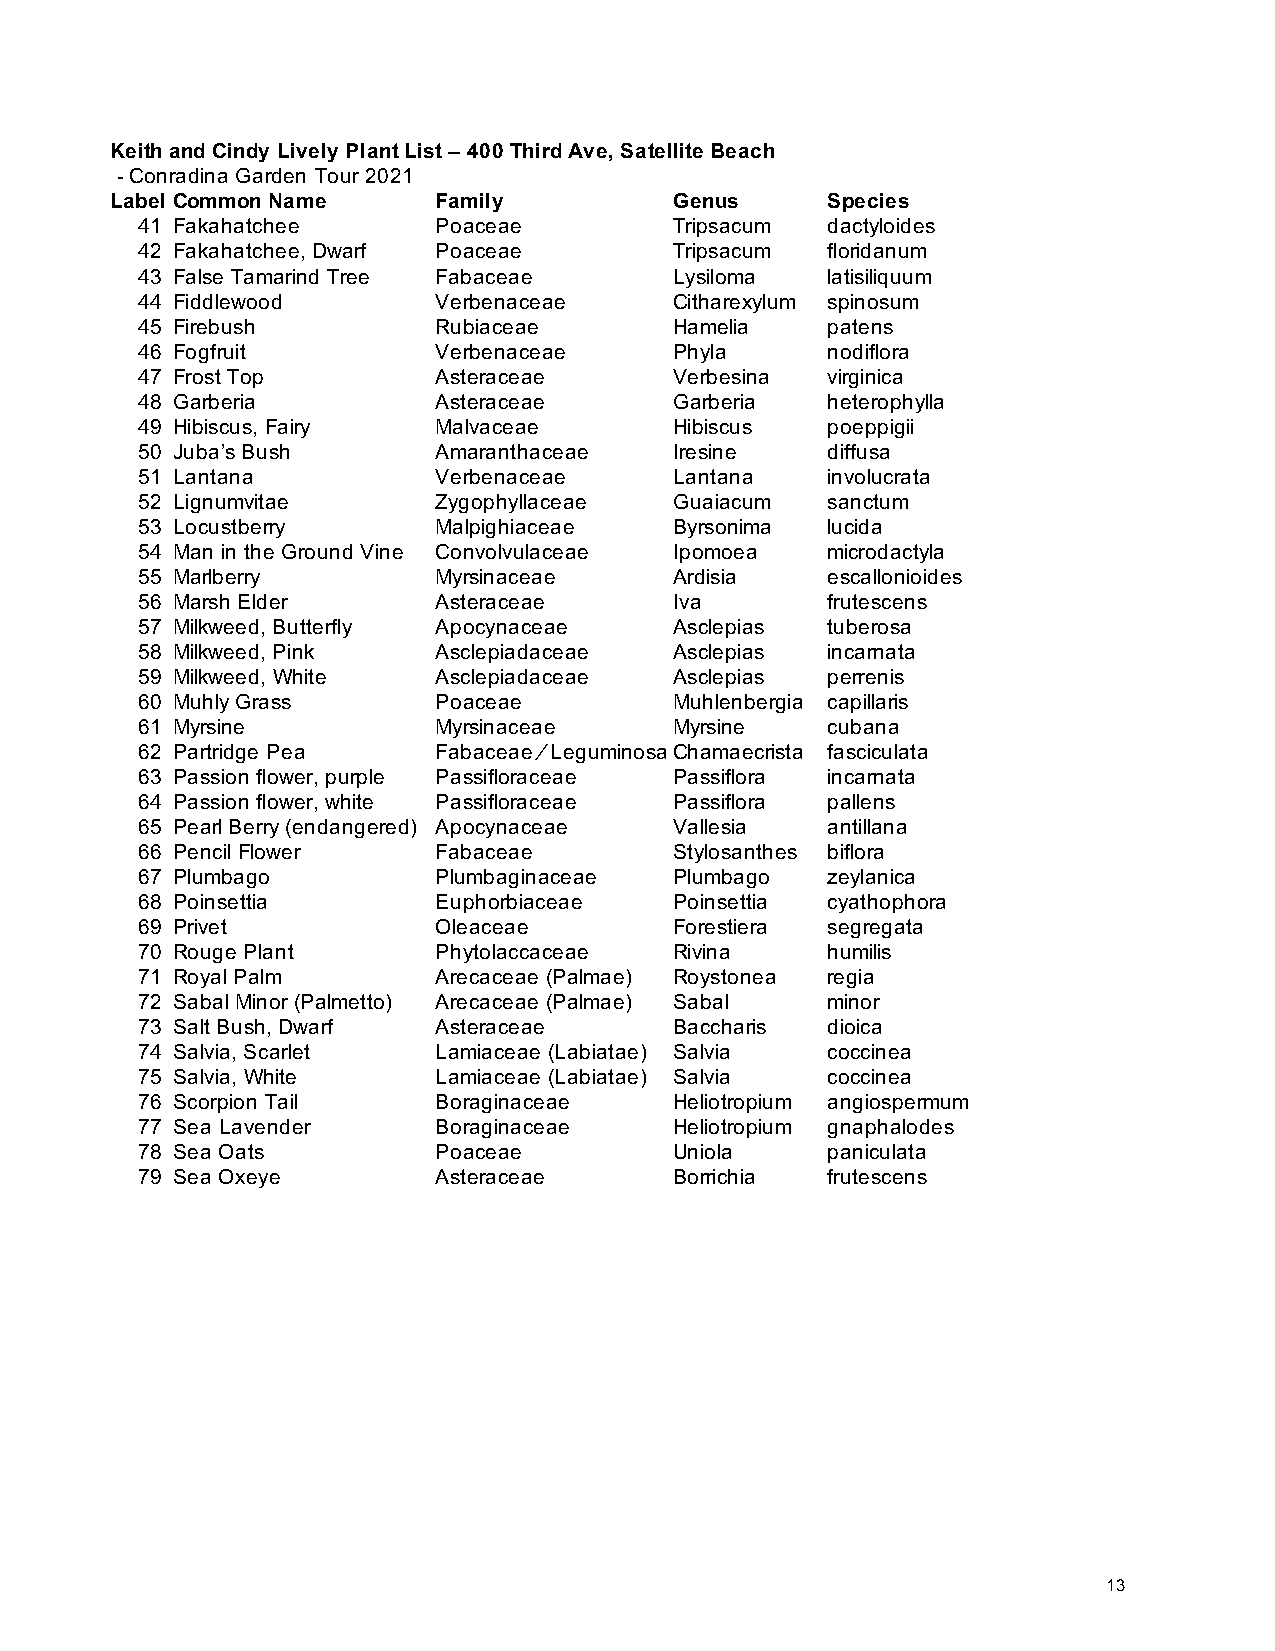
Keith and Cindy Lively Plant List – 400 Third Ave, Satellite Beach
 - Conradina Garden Tour 2021
 Label Common Name     Family          Genus     Species
 41 Fakahatchee      Poaceae         Tripsacum dactyloides
 42 Fakahatchee, Dwarf Poaceae       Tripsacum floridanum
 43 False Tamarind Tree Fabaceae     Lysiloma  latisiliquum
 44 Fiddlewood       Verbenaceae     Citharexylum spinosum
 45 Firebush         Rubiaceae       Hamelia   patens
 46 Fogfruit         Verbenaceae     Phyla     nodiflora
 47 Frost Top        Asteraceae      Verbesina virginica
 48 Garberia         Asteraceae      Garberia  heterophylla
 49 Hibiscus, Fairy  Malvaceae       Hibiscus  poeppigii
 50 Juba’s Bush      Amaranthaceae   Iresine   diffusa
 51 Lantana          Verbenaceae     Lantana   involucrata
 52 Lignumvitae      Zygophyllaceae  Guaiacum  sanctum
 53 Locustberry      Malpighiaceae   Byrsonima lucida
 54 Man in the Ground Vine Convolvulaceae Ipomoea microdactyla
 55 Marlberry        Myrsinaceae     Ardisia   escallonioides
 56 Marsh Elder      Asteraceae      Iva       frutescens
 57 Milkweed, Butterfly Apocynaceae  Asclepias tuberosa
 58 Milkweed, Pink   Asclepiadaceae  Asclepias incarnata
 59 Milkweed, White  Asclepiadaceae  Asclepias perrenis
 60 Muhly Grass      Poaceae         Muhlenbergia capillaris
 61 Myrsine          Myrsinaceae     Myrsine   cubana
 62 Partridge Pea    Fabaceae ⁄ LeguminosaeChamaecrista fasciculata
 63 Passion flower, purple Passifloraceae Passiflora incarnata
 64 Passion flower, white Passifloraceae Passiflora pallens
 65 Pearl Berry (endangered) Apocynaceae Vallesia antillana
 66 Pencil Flower    Fabaceae        Stylosanthes biflora
 67 Plumbago         Plumbaginaceae  Plumbago  zeylanica
 68 Poinsettia       Euphorbiaceae   Poinsettia cyathophora
 69 Privet           Oleaceae        Forestiera segregata
 70 Rouge Plant      Phytolaccaceae  Rivina    humilis
 71 Royal Palm       Arecaceae (Palmae) Roystonea regia
 72 Sabal Minor (Palmetto) Arecaceae (Palmae) Sabal minor
 73 Salt Bush, Dwarf Asteraceae      Baccharis dioica
 74 Salvia, Scarlet  Lamiaceae (Labiatae) Salvia coccinea
 75 Salvia, White    Lamiaceae (Labiatae) Salvia coccinea
 76 Scorpion Tail    Boraginaceae    Heliotropium angiospermum
 77 Sea Lavender     Boraginaceae    Heliotropium gnaphalodes
 78 Sea Oats         Poaceae         Uniola    paniculata
 79 Sea Oxeye        Asteraceae      Borrichia frutescens
 13